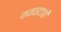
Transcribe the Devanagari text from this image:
कमाइटाची